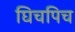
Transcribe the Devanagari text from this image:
घिचपिच